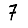
Digit: 7